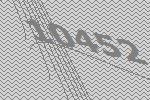
10452